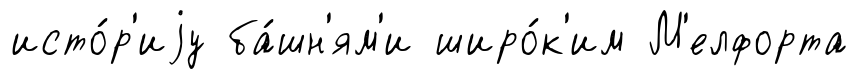
исто́р'иjу ба́шн'ям'и широ́к'им М'елфорта